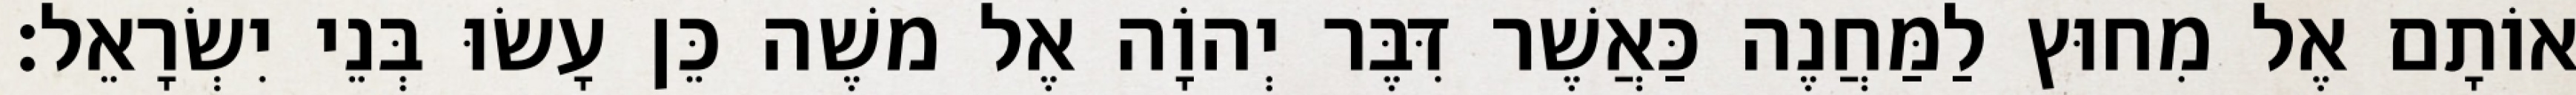
אוֹתָם אֶל מִחוּץ לַמַּחֲנֶה כַּאֲשֶׁר דִּבֶּר יְהוָֹה אֶל משֶׁה כֵּן עָשׂוּ בְּנֵי יִשְׂרָאֵל׃